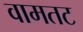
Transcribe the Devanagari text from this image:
वामतट